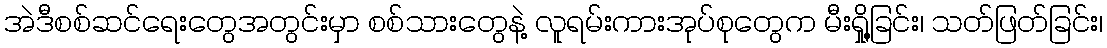
အဲဒီစစ်ဆင်ရေးတွေအတွင်းမှာ စစ်သားတွေနဲ့ လူရမ်းကားအုပ်စုတွေက မီးရှို့ခြင်း၊ သတ်ဖြတ်ခြင်း၊